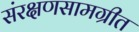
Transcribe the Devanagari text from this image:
संरक्षणसामग्रीत